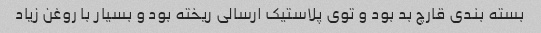
بسته بندی قارچ بد بود و توی پلاستیک ارسالی ریخته بود و بسیار با روغن زیاد